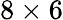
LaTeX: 8\times 6